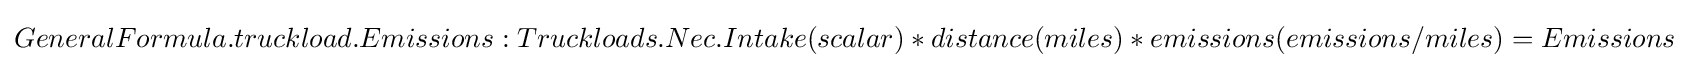
GeneralFormula.truckload.Emissions:Truckloads.Nec.Intake(scalar)*distance(miles)*emissions(emissions/miles)=Emissions